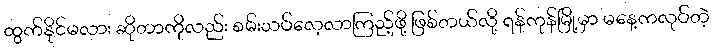
ထွက်နိုင်မလား ဆိုတာကိုလည်း စမ်းသပ်လေ့လာကြည့်ဖို့ ဖြစ်တယ်လို့ ရန်ကုန်မြို့မှာ မနေ့ကလုပ်တဲ့